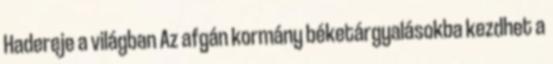
Hadereje a világban Az afgán kormány béketárgyalásokba kezdhet a